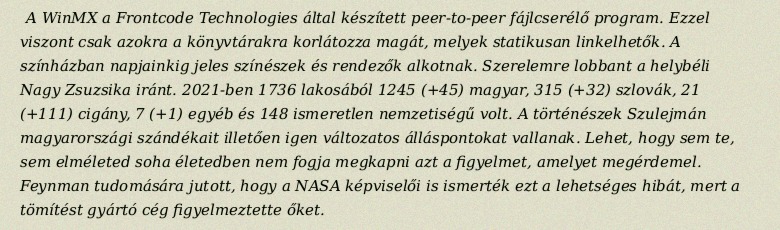
A WinMX a Frontcode Technologies által készített peer-to-peer fájlcserélő program. Ezzel viszont csak azokra a könyvtárakra korlátozza magát, melyek statikusan linkelhetők. A színházban napjainkig jeles színészek és rendezők alkotnak. Szerelemre lobbant a helybéli Nagy Zsuzsika iránt. 2021-ben 1736 lakosából 1245 (+45) magyar, 315 (+32) szlovák, 21 (+111) cigány, 7 (+1) egyéb és 148 ismeretlen nemzetiségű volt. A történészek Szulejmán magyarországi szándékait illetően igen változatos álláspontokat vallanak. Lehet, hogy sem te, sem elméleted soha életedben nem fogja megkapni azt a figyelmet, amelyet megérdemel. Feynman tudomására jutott, hogy a NASA képviselői is ismerték ezt a lehetséges hibát, mert a tömítést gyártó cég figyelmeztette őket.